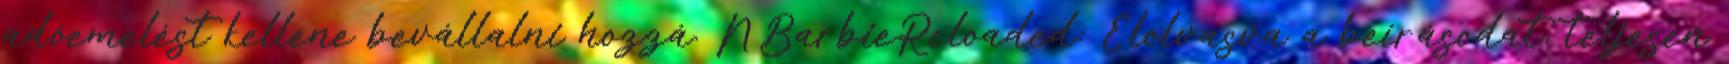
adóemelést kellene bevállalni hozzá. NBarbieReloaded: Elolvasva a beírásodat, teljesen